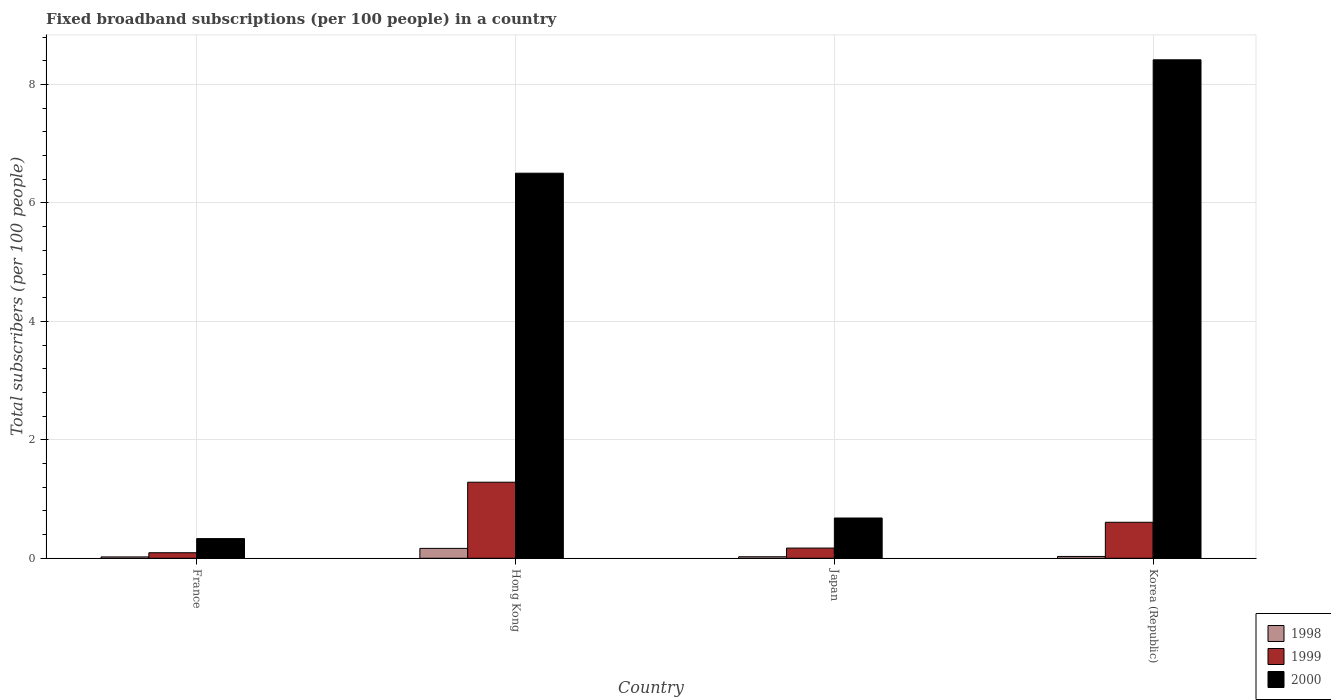
| Country | 1998 | 1999 | 2000 |
 | --- | --- | --- | --- |
 | France | 0.023 | 0.0934 | 0.332 |
 | Hong Kong | 0.167 | 1.28 | 6.5 |
 | Japan | 0.0255 | 0.172 | 0.68 |
 | Korea (Republic) | 0.0308 | 0.608 | 8.42 |